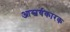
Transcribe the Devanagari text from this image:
आस्चर्यकारक